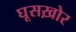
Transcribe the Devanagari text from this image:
घूसख़ोर